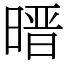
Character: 㬐